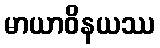
မာယာဝိနယဿ